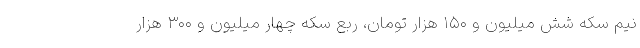
نیم سکه شش میلیون و ۱۵۰ هزار تومان، ربع سکه چهار میلیون و ۳۰۰ هزار